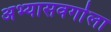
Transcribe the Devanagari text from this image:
अभ्यासवर्गाला